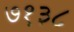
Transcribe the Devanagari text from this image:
७१३८